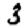
Digit: 3